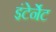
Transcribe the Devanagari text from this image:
इंटेर्नेट